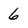
Character: 6